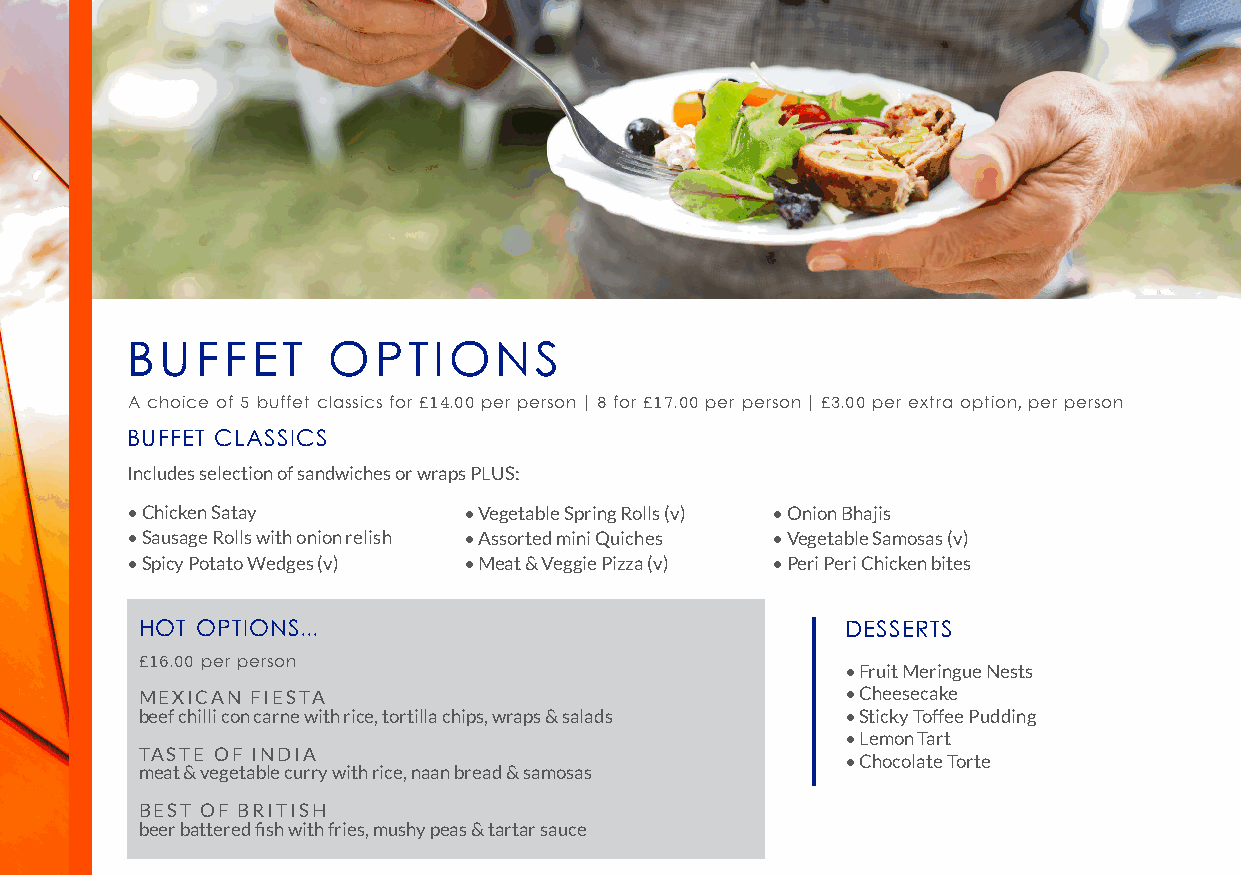
BUFFET        OPTIONS
 A choice of 5 buffet classics for £14.00 per person | 8 for £17.00 per person | £3.00 per extra option, per person
 BUFFET CLASSICS
 Includes selection of sandwiches or wraps PLUS:
 • Chicken Satay        • Vegetable Spring Rolls (v) • Onion Bhajis
 • Sausage Rolls with onion relish • Assorted mini Quiches • Vegetable Samosas (v)
 • Spicy Potato Wedges (v) • Meat & Veggie Pizza (v) • Peri Peri Chicken bites
 HOT OPTIONS...                                 DESSERTS
 £16.00 per person                              • Fruit Meringue Nests
 MEXICAN FIESTA                                 • Cheesecake
 beef chilli con carne with rice, tortilla chips, wraps & salads • Sticky Toffee Pudding
 • Lemon Tart
 TASTE OF INDIA
 • Chocolate Torte
 meat & vegetable curry with rice, naan bread & samosas
 BEST OF BRITISH
 beer battered fish with fries, mushy peas & tartar sauce